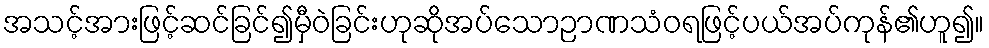
အသင့်အားဖြင့်ဆင်ခြင်၍မှီဝဲခြင်းဟုဆိုအပ်သောဉာဏသံဝရဖြင့်ပယ်အပ်ကုန်၏ဟူ၍။